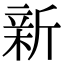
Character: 新